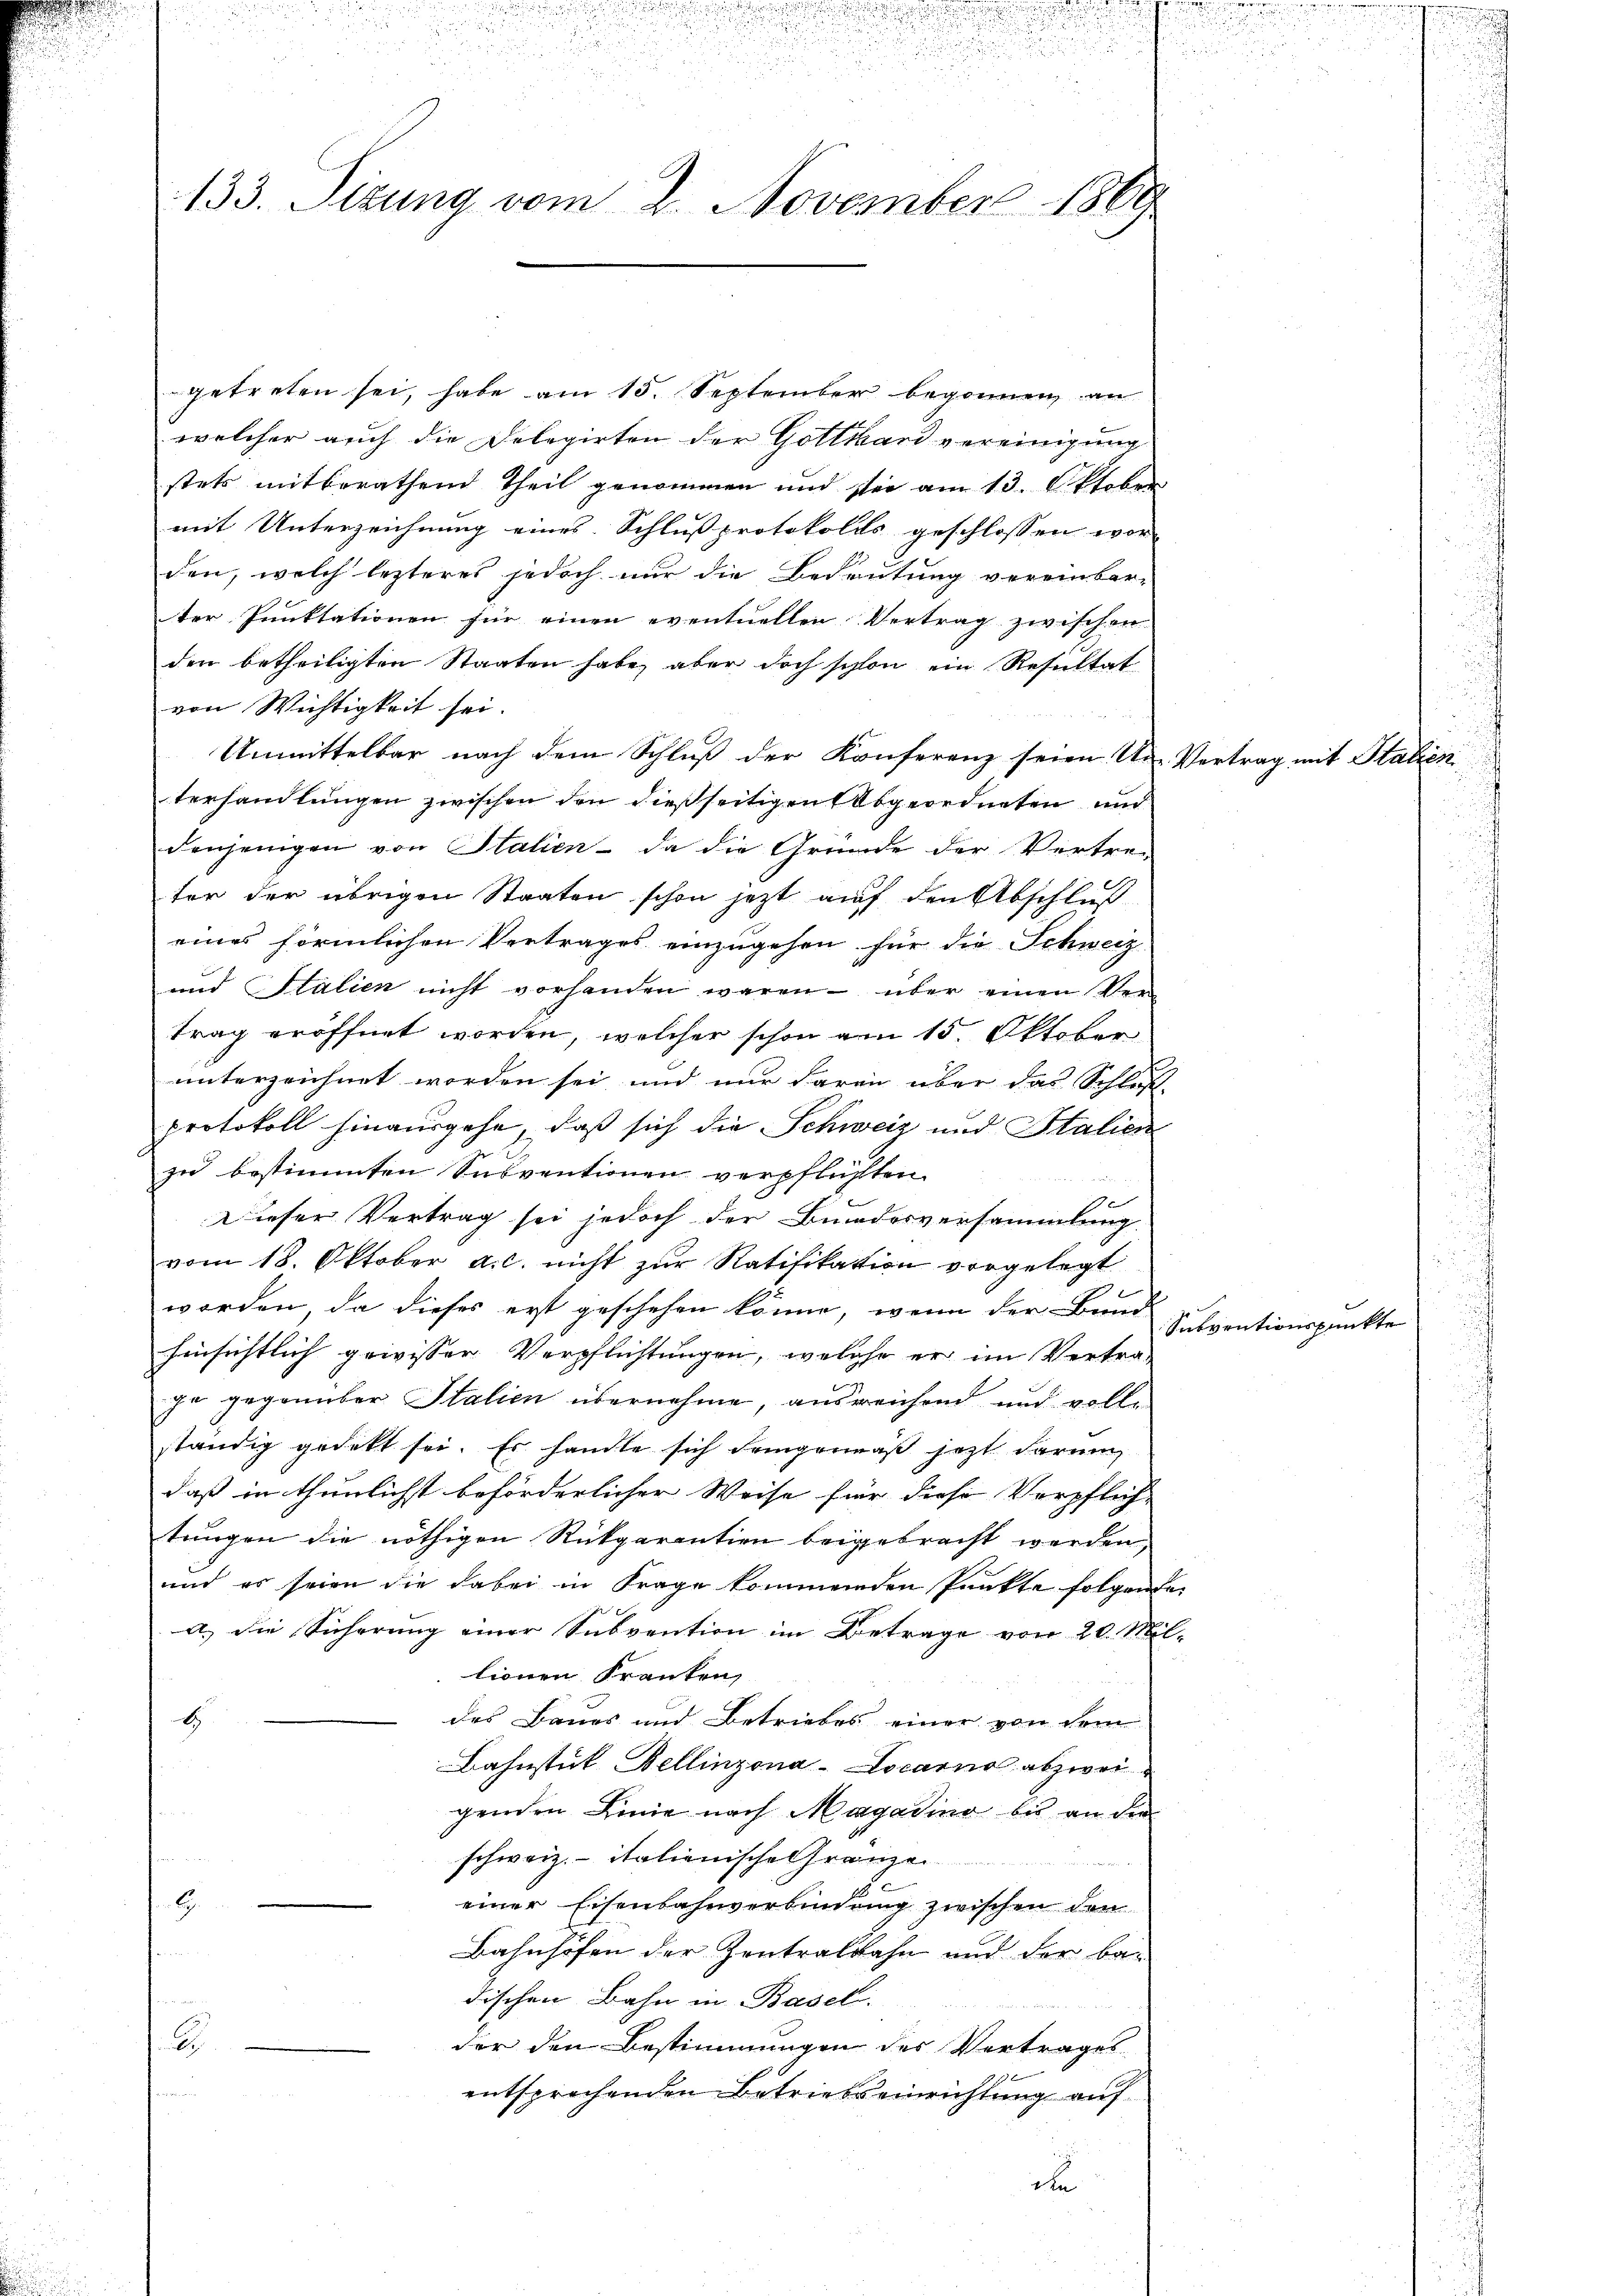
getreten sei, habe am 15. September begonnen an
welcher auch die Delegirten der Gotthard vereinigung
stets mitberathend Theil genommen und sei am 13. Oktober
mit Unterzeichnung eines Schluß protokolls geschlossen wor-
den, welch lezteres jedoch nur die Bedeutung vereinbar-
ter Punktationen für einen eventuellen Vertrag zwischen
den betheiligten Staaten habe, aber doch schon ein Resultat
von Wichtigkeit sei.
Unmittelbar nach dem Schluß der Konferenz seien An- Vertrag mit Stalien
terhandlungen zwischen den dießseitigen Abgeordneten und
denjenigen von Stalien - da die Gründe der Vertre-
ter der übrigen Staaten schon jetzt auf den Abschluß
eines förmlichen Vertrages einzugehen für die Schweiz
und Stalien nicht vorhanden waren - über einen Ver-
trag eröffnet worden, welcher schon am 15. Oktober
unterzeichnet worden sei und nur daran über das Schluß-
protokoll hinausgehe, daß sich die Schweiz und Stalien
zu bestimmten Subventionen verpflichten
.
Dieser Vertrag sei jedoch der Bundesversammlung
vom 18. Oktober a.c. nicht zur Ratifikation vorgelegt
worden, da dieses erst geschehen könne, wenn der Bund
hinsichtlich gewisser Verpflichtungen, welche er im Vertra-
je gegenüber Italien übernehme, ausreichend und volle
ständig gedekt sei. Es handle sich demgemäß jetzt darum
daß in thunlichst beförderlicher Weise für diese Verpflich-
tungen die nöthigen Rückgarantien beigebracht werden,
und es seien die dabei in Frage kommenden Punkte folgende
a) die Sicherung einer Subvention im Betrage von 20. Mil-
lionen Franken
des Baues und Betriebes einer von dem
E
Bahnstut Bellinzona-Locarno abzwei
genden Linie nach Magadino bis an die
schweiz.- italienische Gränzen.
einer Eisenbahnverbindung zwischen den
G.
Bahnhöfen der Zentralbahn und der be-
dischen Bahn in Basel.
B
der den Bestimmungen des Vertrages
entsprochenden Betriebseinrichtung auf

133. Sizung vom 2. November 1869

d

Subventionspunkte